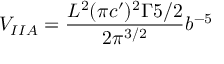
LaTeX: V _ { I I A } = \frac { L ^ { 2 } ( \pi c ^ { \prime } ) ^ { 2 } \Gamma { 5 / 2 } } { 2 \pi ^ { 3 / 2 } } b ^ { - 5 }